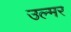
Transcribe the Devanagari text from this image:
उल्मर